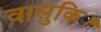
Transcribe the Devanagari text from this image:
वासुकि।